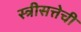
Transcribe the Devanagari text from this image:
स्त्रीसत्तेची